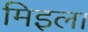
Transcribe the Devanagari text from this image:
मिइला